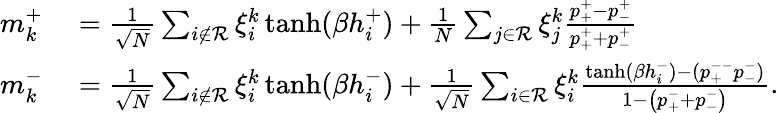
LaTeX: \begin{array}{rl}{m_{k}^{+}}&{{}=\frac{1}{\sqrt{N}}\sum_{i\notin{\cal R}}\xi_{i}^{k}\operatorname{tanh}(\beta h_{i}^{+})+\frac{1}{N}\sum_{j\in{\cal R}}\xi_{j}^{k}\frac{p_{+}^{+}-p_{-}^{+}}{p_{+}^{+}+p_{-}^{+}}}\\ {m_{k}^{-}}&{{}=\frac{1}{\sqrt{N}}\sum_{i\notin{\cal R}}\xi_{i}^{k}\operatorname{tanh}(\beta h_{i}^{-})+\frac{1}{\sqrt{N}}\sum_{i\in{\cal R}}\xi_{i}^{k}\frac{\operatorname{tanh}(\beta h_{i}^{-})-(p_{+}^{--}p_{-}^{-})}{1-\left(p_{+}^{-}+p_{-}^{-}\right)}.}\end{array}